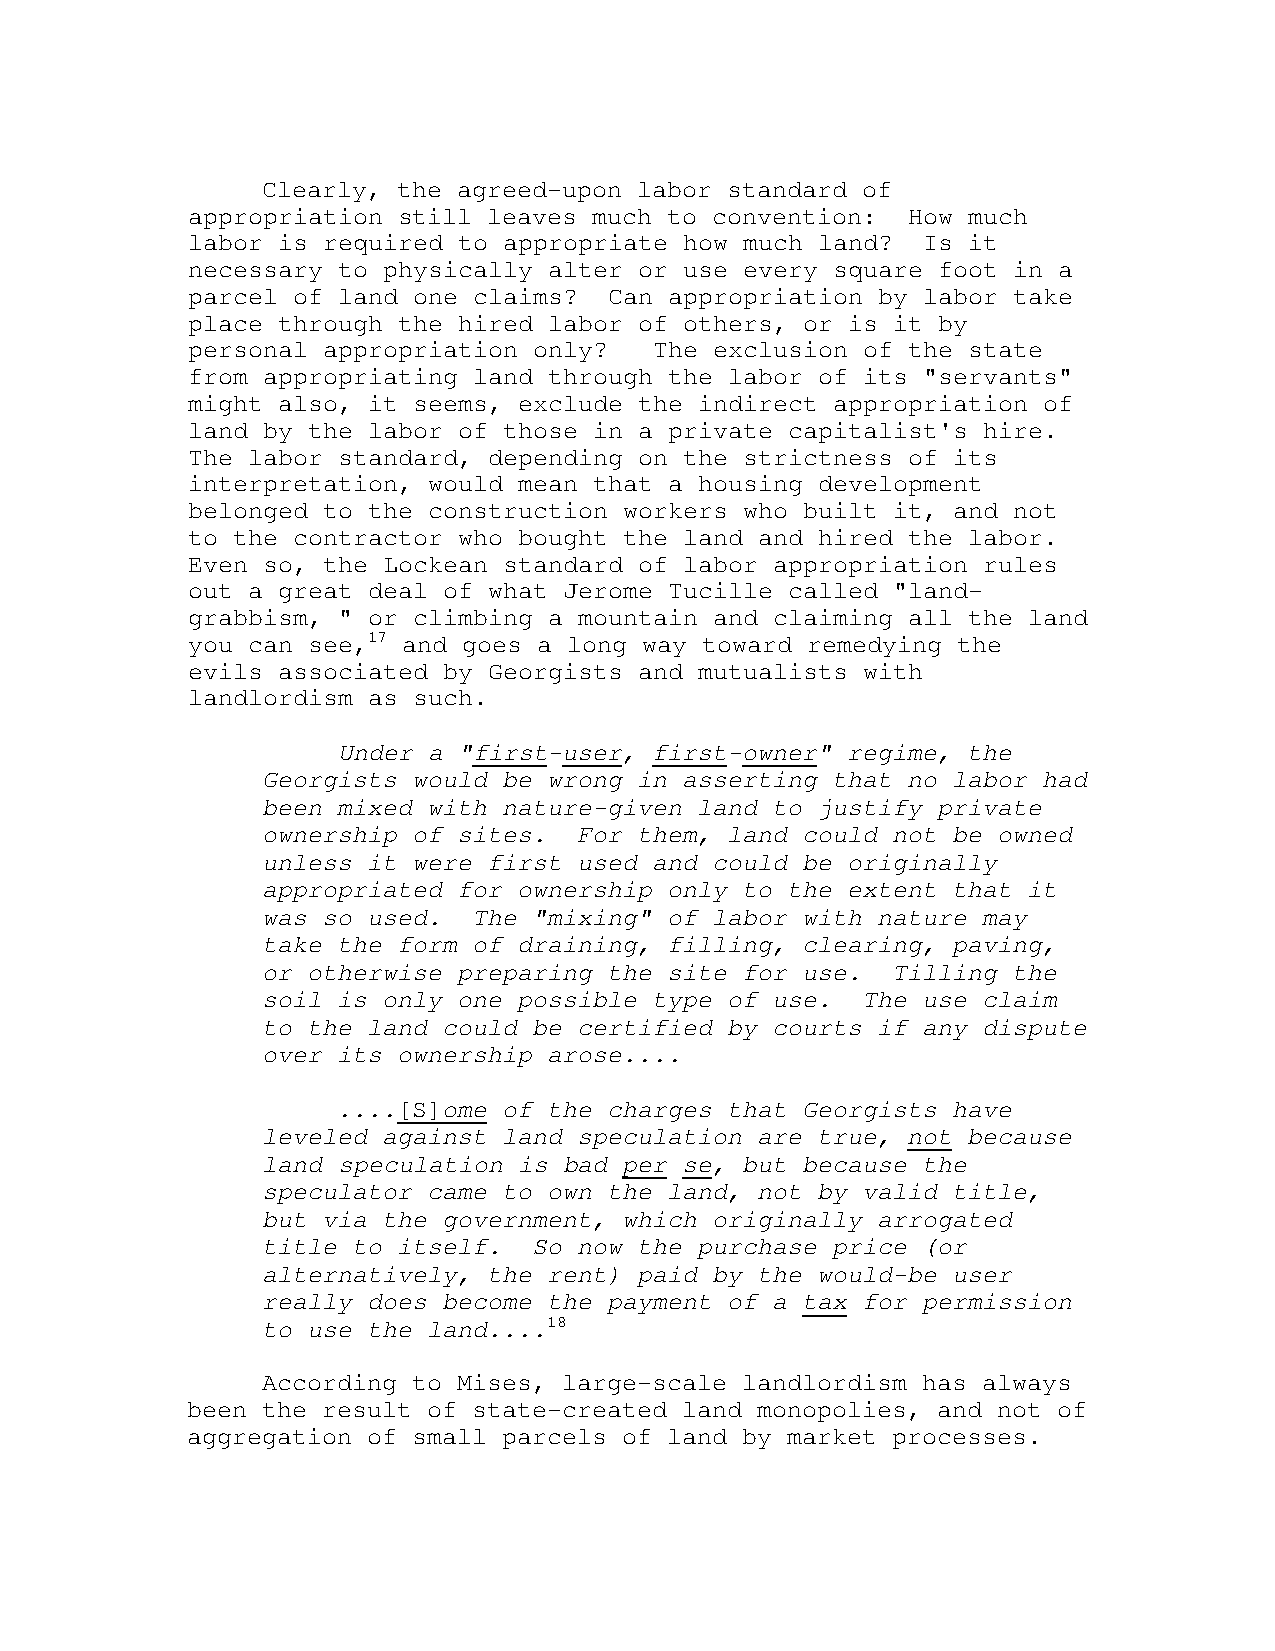
Clearly, the agreed-upon labor standard of
 appropriation still leaves much to convention:  How much
 labor is required to appropriate how much land?  Is it
 necessary to physically alter or use every square foot in a
 parcel of land one claims?  Can appropriation by labor take
 place through the hired labor of others, or is it by
 personal appropriation only?   The exclusion of the state
 from appropriating land through the labor of its "servants"
 might also, it seems, exclude the indirect appropriation of
 land by the labor of those in a private capitalist's hire.
 The labor standard, depending on the strictness of its
 interpretation, would mean that a housing development
 belonged to the construction workers who built it, and not
 to the contractor who bought the land and hired the labor.
 Even so, the Lockean standard of labor appropriation rules
 out a great deal of what Jerome Tucille called "land-
 grabbism, " or climbing a mountain and claiming all the land
 you can see,17 and goes a long way toward remedying the
 evils associated by Georgists and mutualists with
 landlordism as such.
 Under a "first-user, first-owner" regime, the
 Georgists would be wrong in asserting that no labor had
 been mixed with nature-given land to justify private
 ownership of sites.  For them, land could not be owned
 unless it were first used and could be originally
 appropriated for ownership only to the extent that it
 was so used.  The "mixing" of labor with nature may
 take the form of draining, filling, clearing, paving,
 or otherwise preparing the site for use.  Tilling the
 soil is only one possible type of use.  The use claim
 to the land could be certified by courts if any dispute
 over its ownership arose....
 ....[S]ome of the charges that Georgists have
 leveled against land speculation are true, not because
 land speculation is bad per se, but because the
 speculator came to own the land, not by valid title,
 but via the government, which originally arrogated
 title to itself.  So now the purchase price (or
 alternatively, the rent) paid by the would-be user
 really does become the payment of a tax for permission
 to use the land....18
 According to Mises, large-scale landlordism has always
 been the result of state-created land monopolies, and not of
 aggregation of small parcels of land by market processes.